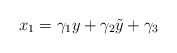
\begin{align*} x_{1}=\gamma_{1}y+\gamma_{2}\tilde{y}+\gamma_{3}\end{align*}